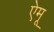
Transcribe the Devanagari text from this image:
ऐमू